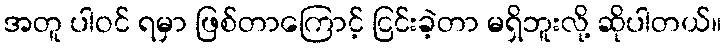
အတူ ပါဝင် ရမှာ ဖြစ်တာကြောင့် ငြင်းခဲ့တာ မရှိဘူးလို့ ဆိုပါတယ်။